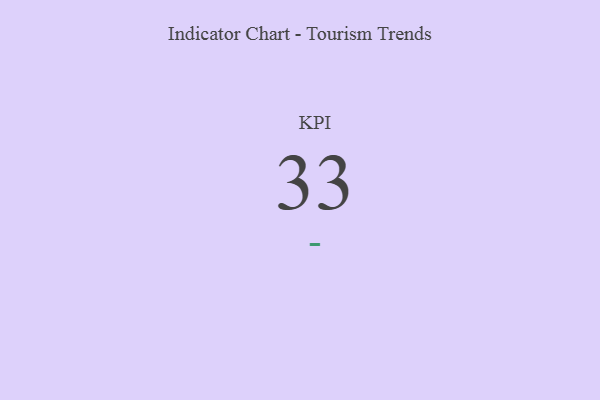
{"axis": {"x": "KPI", "y": "Value"}, "legend": [""], "data": [{"x": "KPI", "y": 33, "type": ""}]}